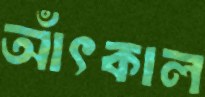
আঁৎকাল